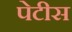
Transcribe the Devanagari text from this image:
पेटीस